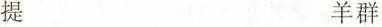
提 羊群